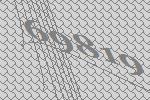
69819